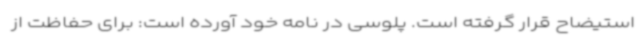
استیضاح قرار گرفته است. پلوسی در نامه خود آورده است: برای حفاظت از